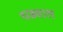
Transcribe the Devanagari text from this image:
थड़वाल